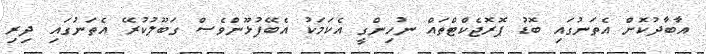
އާބާދުކޮށް އެތަނުގައި ބޮޑު ޕޮރޮޖެކްޓްތައް ނުހިންގީ އެކަމަކު އެބޭފުޅޫންވެސް ގަބޫލުކުރޭ އެތަނުގައި ދިރި